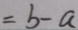
= b - a